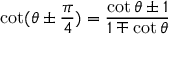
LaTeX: \cot ( \theta \pm { \frac { \pi } { 4 } } ) = { \frac { \cot \theta \pm 1 } { 1 \mp \cot \theta } }